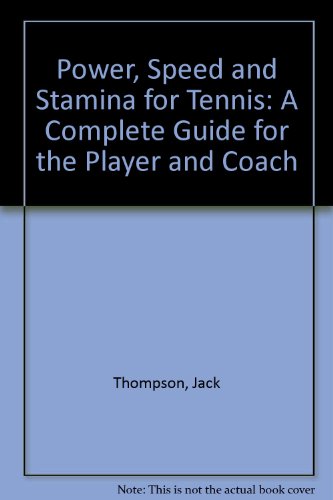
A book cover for Power, Speed and Stamina for Tennis: A Complete Guide for the Player and Coach; Jack Thompson; Sports & Outdoors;